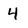
Character: 4